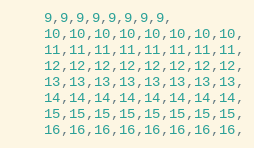
Language: C++
	9,9,9,9,9,9,9,9,
	10,10,10,10,10,10,10,10,
	11,11,11,11,11,11,11,11,
	12,12,12,12,12,12,12,12,
	13,13,13,13,13,13,13,13,
	14,14,14,14,14,14,14,14,
	15,15,15,15,15,15,15,15,
	16,16,16,16,16,16,16,16,